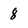
Character: 8